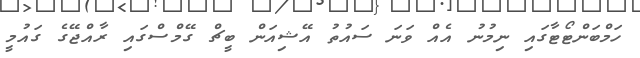
ހަމްބަންޓޯޓާގައި ނިމުނު އެއް ވަނަ ސައުތު އޭޝިއަން ބީޗް ގޭމްސްގައި ރާއްޖޭގެ ގައުމީ